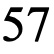
57